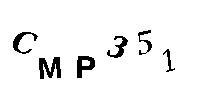
CMP351